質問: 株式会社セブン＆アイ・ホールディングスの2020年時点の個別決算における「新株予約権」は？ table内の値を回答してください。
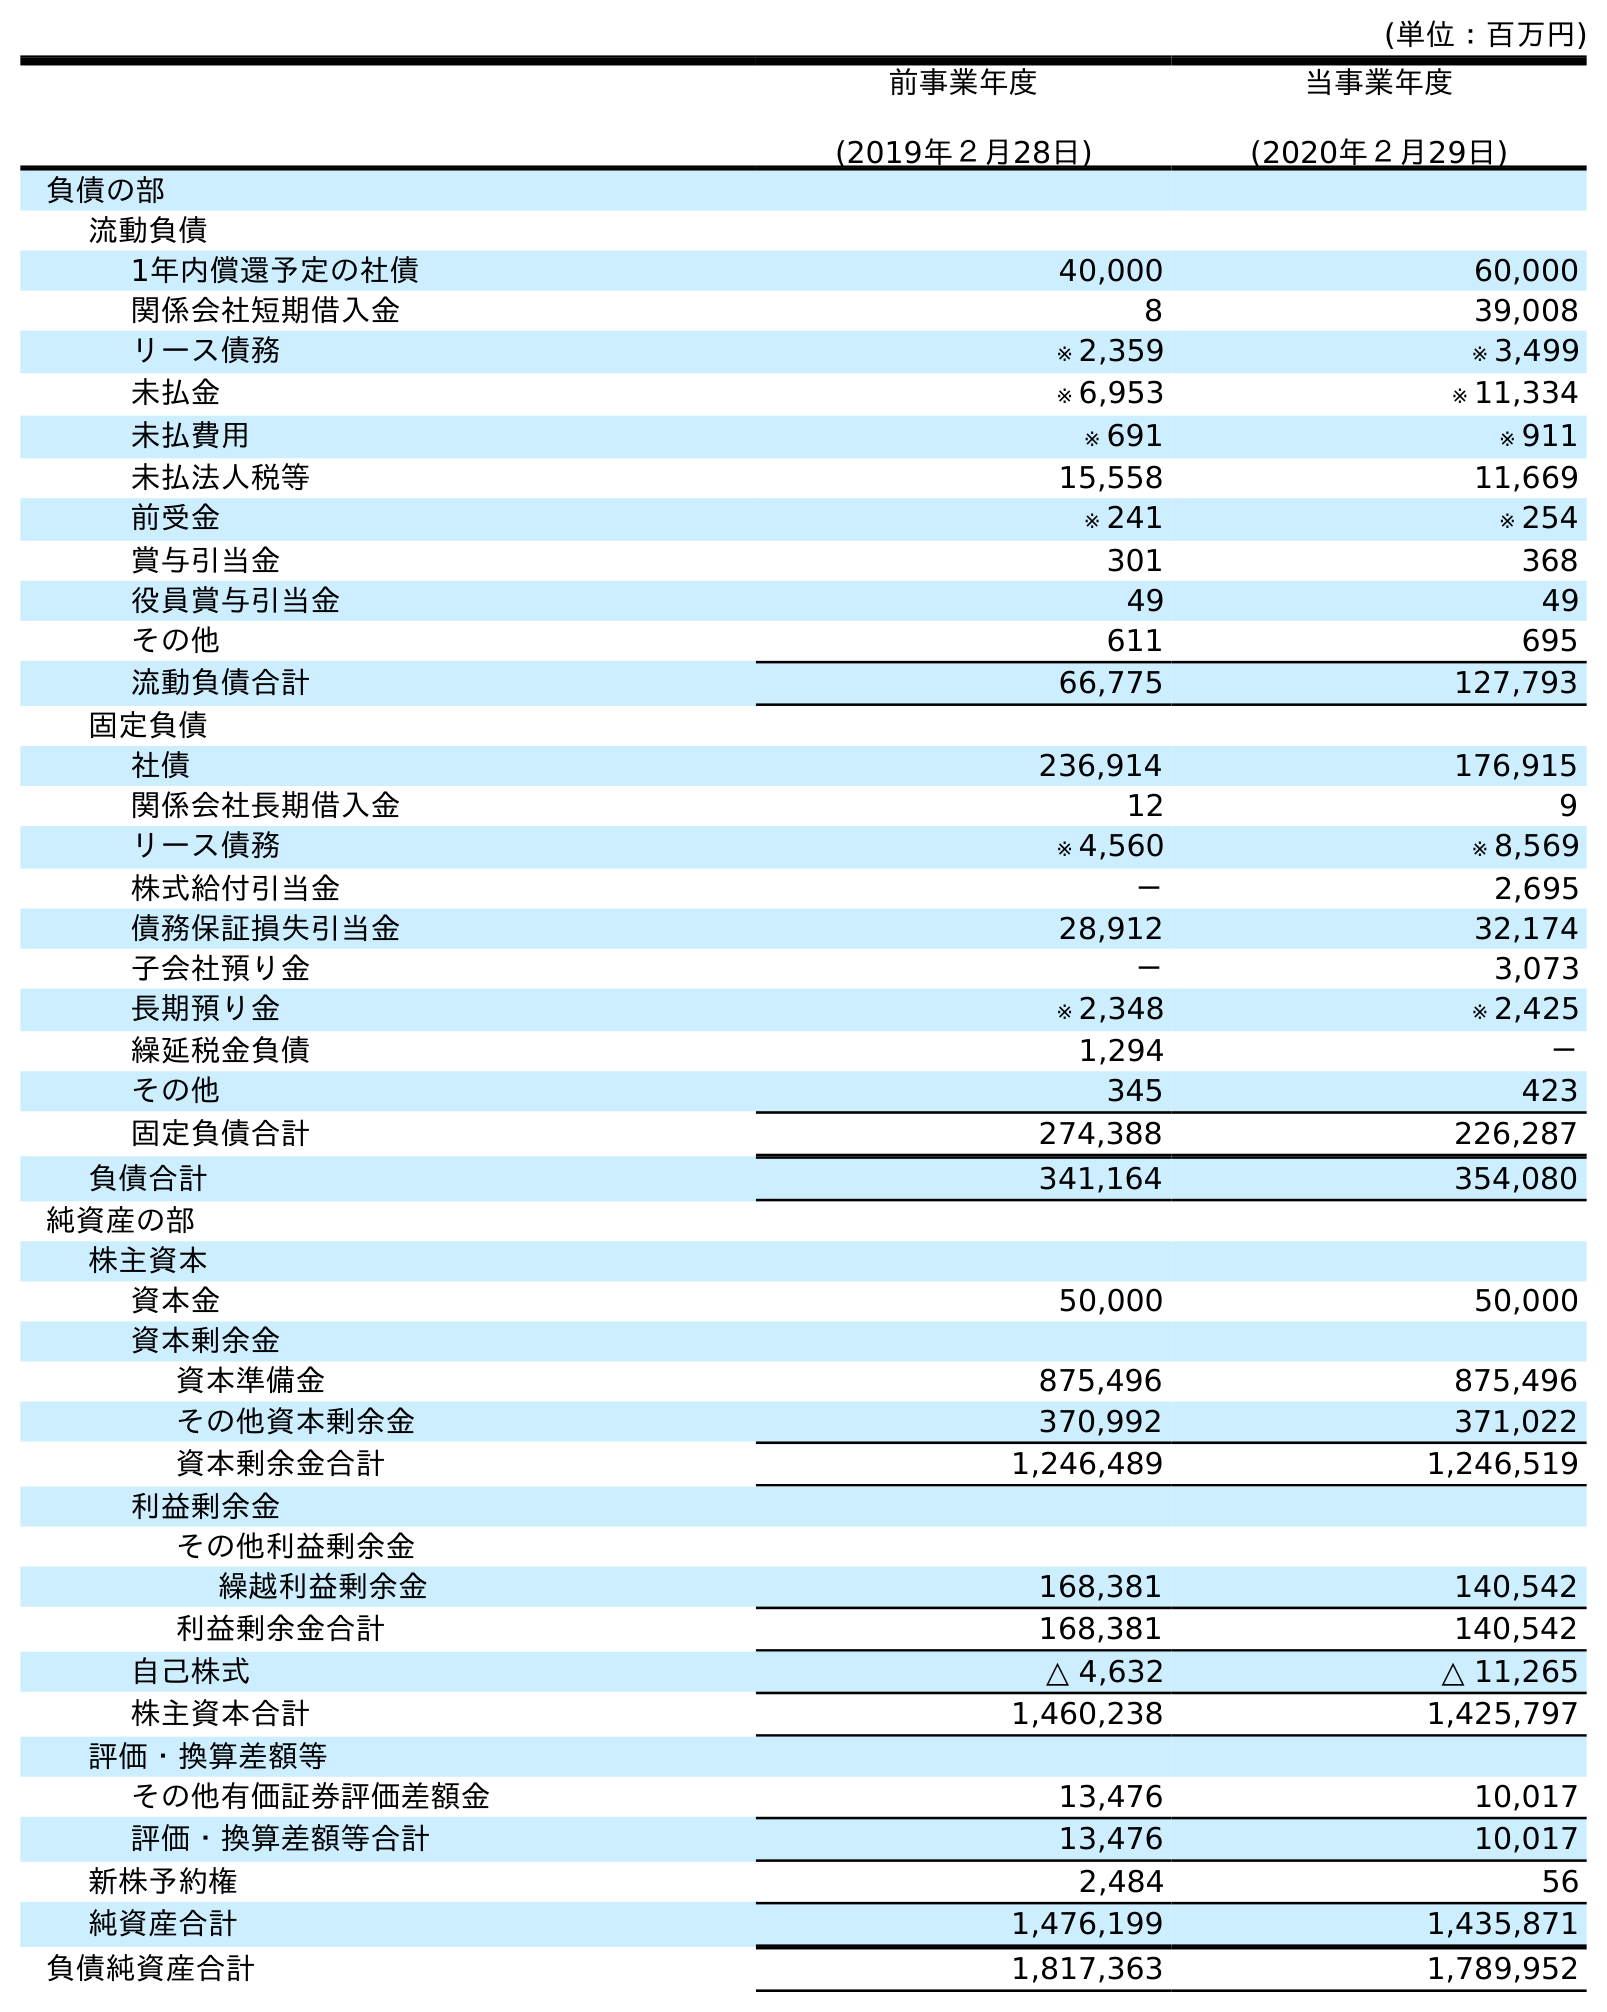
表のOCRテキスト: (単位：百万円) 前事業年度 (2019年２月28日) 当事業年度 (2020年２月29日) 負債の部 流動負債 1年内償還予定の社債 40,000 60,000 関係会社短期借入金 8 39,008 リース債務 ※ 2,359 ※ 3,499 未払金 ※ 6,953 ※ 11,334 未払費用 ※ 691 ※ 911 未払法人税等 15,558 11,669 前受金 ※ 241 ※ 254 賞与引当金 301 368 役員賞与引当金 49 49 その他 611 695 流動負債合計 66,775 127,793 固定負債 社債 236,914 176,915 関係会社長期借入金 12 9 リース債務 ※ 4,560 ※ 8,569 株式給付引当金 － 2,695 債務保証損失引当金 28,912 32,174 子会社預り金 － 3,073 長期預り金 ※ 2,348 ※ 2,425 繰延税金負債 1,294 － その他 345 423 固定負債合計 274,388 226,287 負債合計 341,164 354,080 純資産の部 株主資本 資本金 50,000 50,000 資本剰余金 資本準備金 875,496 875,496 その他資本剰余金 370,992 371,022 資本剰余金合計 1,246,489 1,246,519 利益剰余金 その他利益剰余金 繰越利益剰余金 168,381 140,542 利益剰余金合計 168,381 140,542 自己株式 △ 4,632 △ 11,265 株主資本合計 1,460,238 1,425,797 評価・換算差額等 その他有価証券評価差額金 13,476 10,017 評価・換算差額等合計 13,476 10,017 新株予約権 2,484 56 純資産合計 1,476,199 1,435,871 負債純資産合計 1,817,363 1,789,952
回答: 56